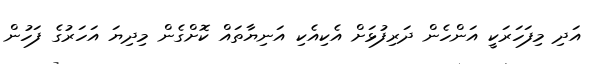
އަދި މިފަހަރަކީ އަންހެން ދަރިފުޅަށް އެކިއެކި އަނިޔާތައް ކޮށްގެން މިދިޔަ އަހަރުގެ ފަހުން